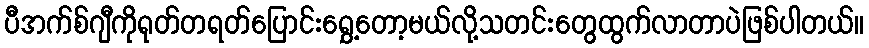
ပီအက်စ်ဂျီကိုရုတ်တရတ်ပြောင်းရွှေ့တော့မယ်လို့သတင်းတွေထွက်လာတာပဲဖြစ်ပါတယ်။